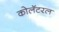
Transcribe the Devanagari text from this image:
कोलॅटरल